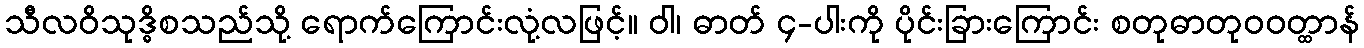
သီလဝိသုဒ္ဓိစသည်သို့ ရောက်ကြောင်းလုံ့လဖြင့်။ ဝါ၊ ဓာတ် ၄-ပါးကို ပိုင်းခြားကြောင်း စတုဓာတုဝဝတ္ထာန်